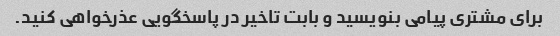
برای مشتری پیامی بنویسید و بابت تاخیر در پاسخگویی عذرخواهی کنید.